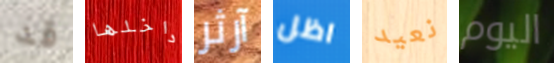
قد داخلها آرثر اظل نعيد اليوم